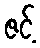
ဇင့်